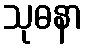
သုဓနာ